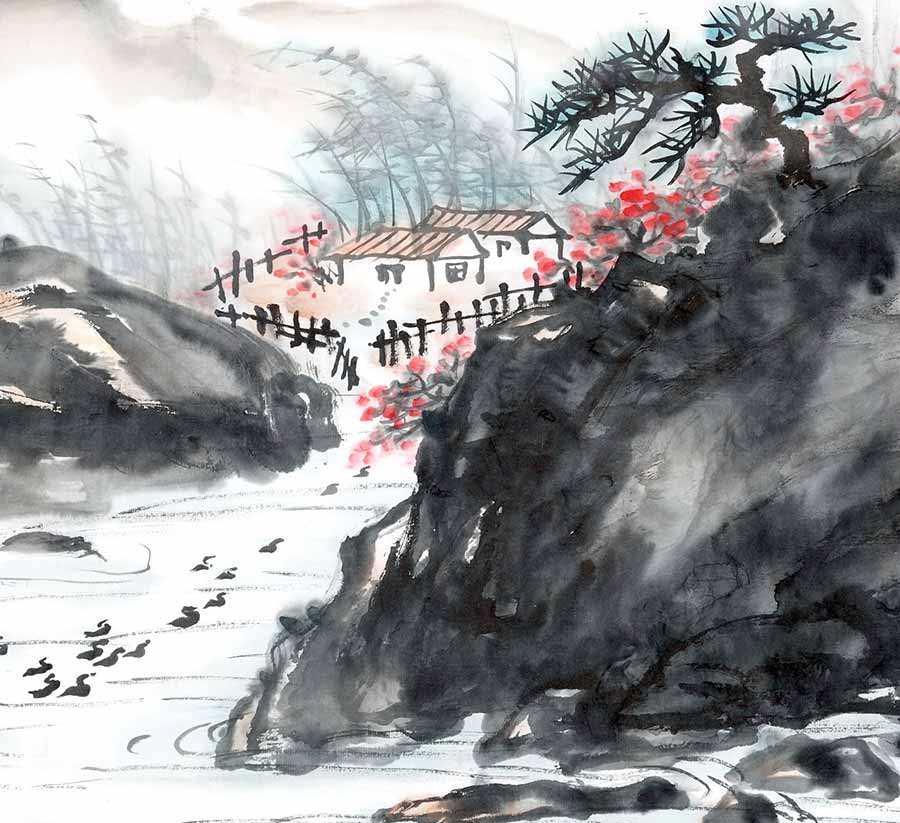
茅檐长扫净无苔，花木成畦手自栽。